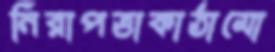
নিরাপত্তাকাঠামো